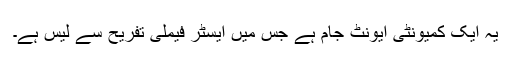
یہ ایک کمیونٹی ایونٹ جام ہے جس میں ایسٹر فیملی تفریح ​​سے لیس ہے۔